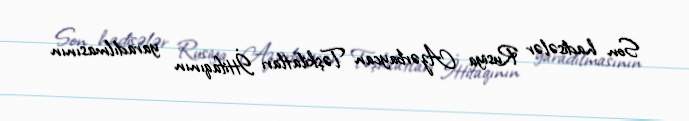
Son hadisələr Rusiya Azərbaycan Təşkilatları İttifaqının yaradılmasının